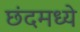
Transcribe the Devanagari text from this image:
छंदमध्ये